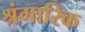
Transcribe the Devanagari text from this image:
श्रंगारिक